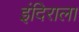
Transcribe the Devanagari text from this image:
इंदिराला